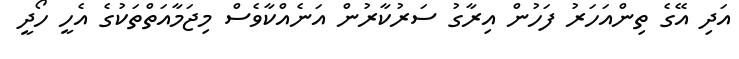
އަދި އޭގެ ތިންއަހަރު ފަހުން އިރާގު ސަރުކާރުން އަނެއްކާވެސް މިޖަމާއަތްތަކުގެ އެހީ ހޯދީ